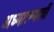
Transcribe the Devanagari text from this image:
अध्यात्म्याची